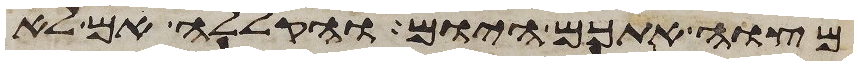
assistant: מצוה אתכם היום והקללה אם לא